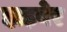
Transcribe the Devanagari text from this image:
झड़बेर